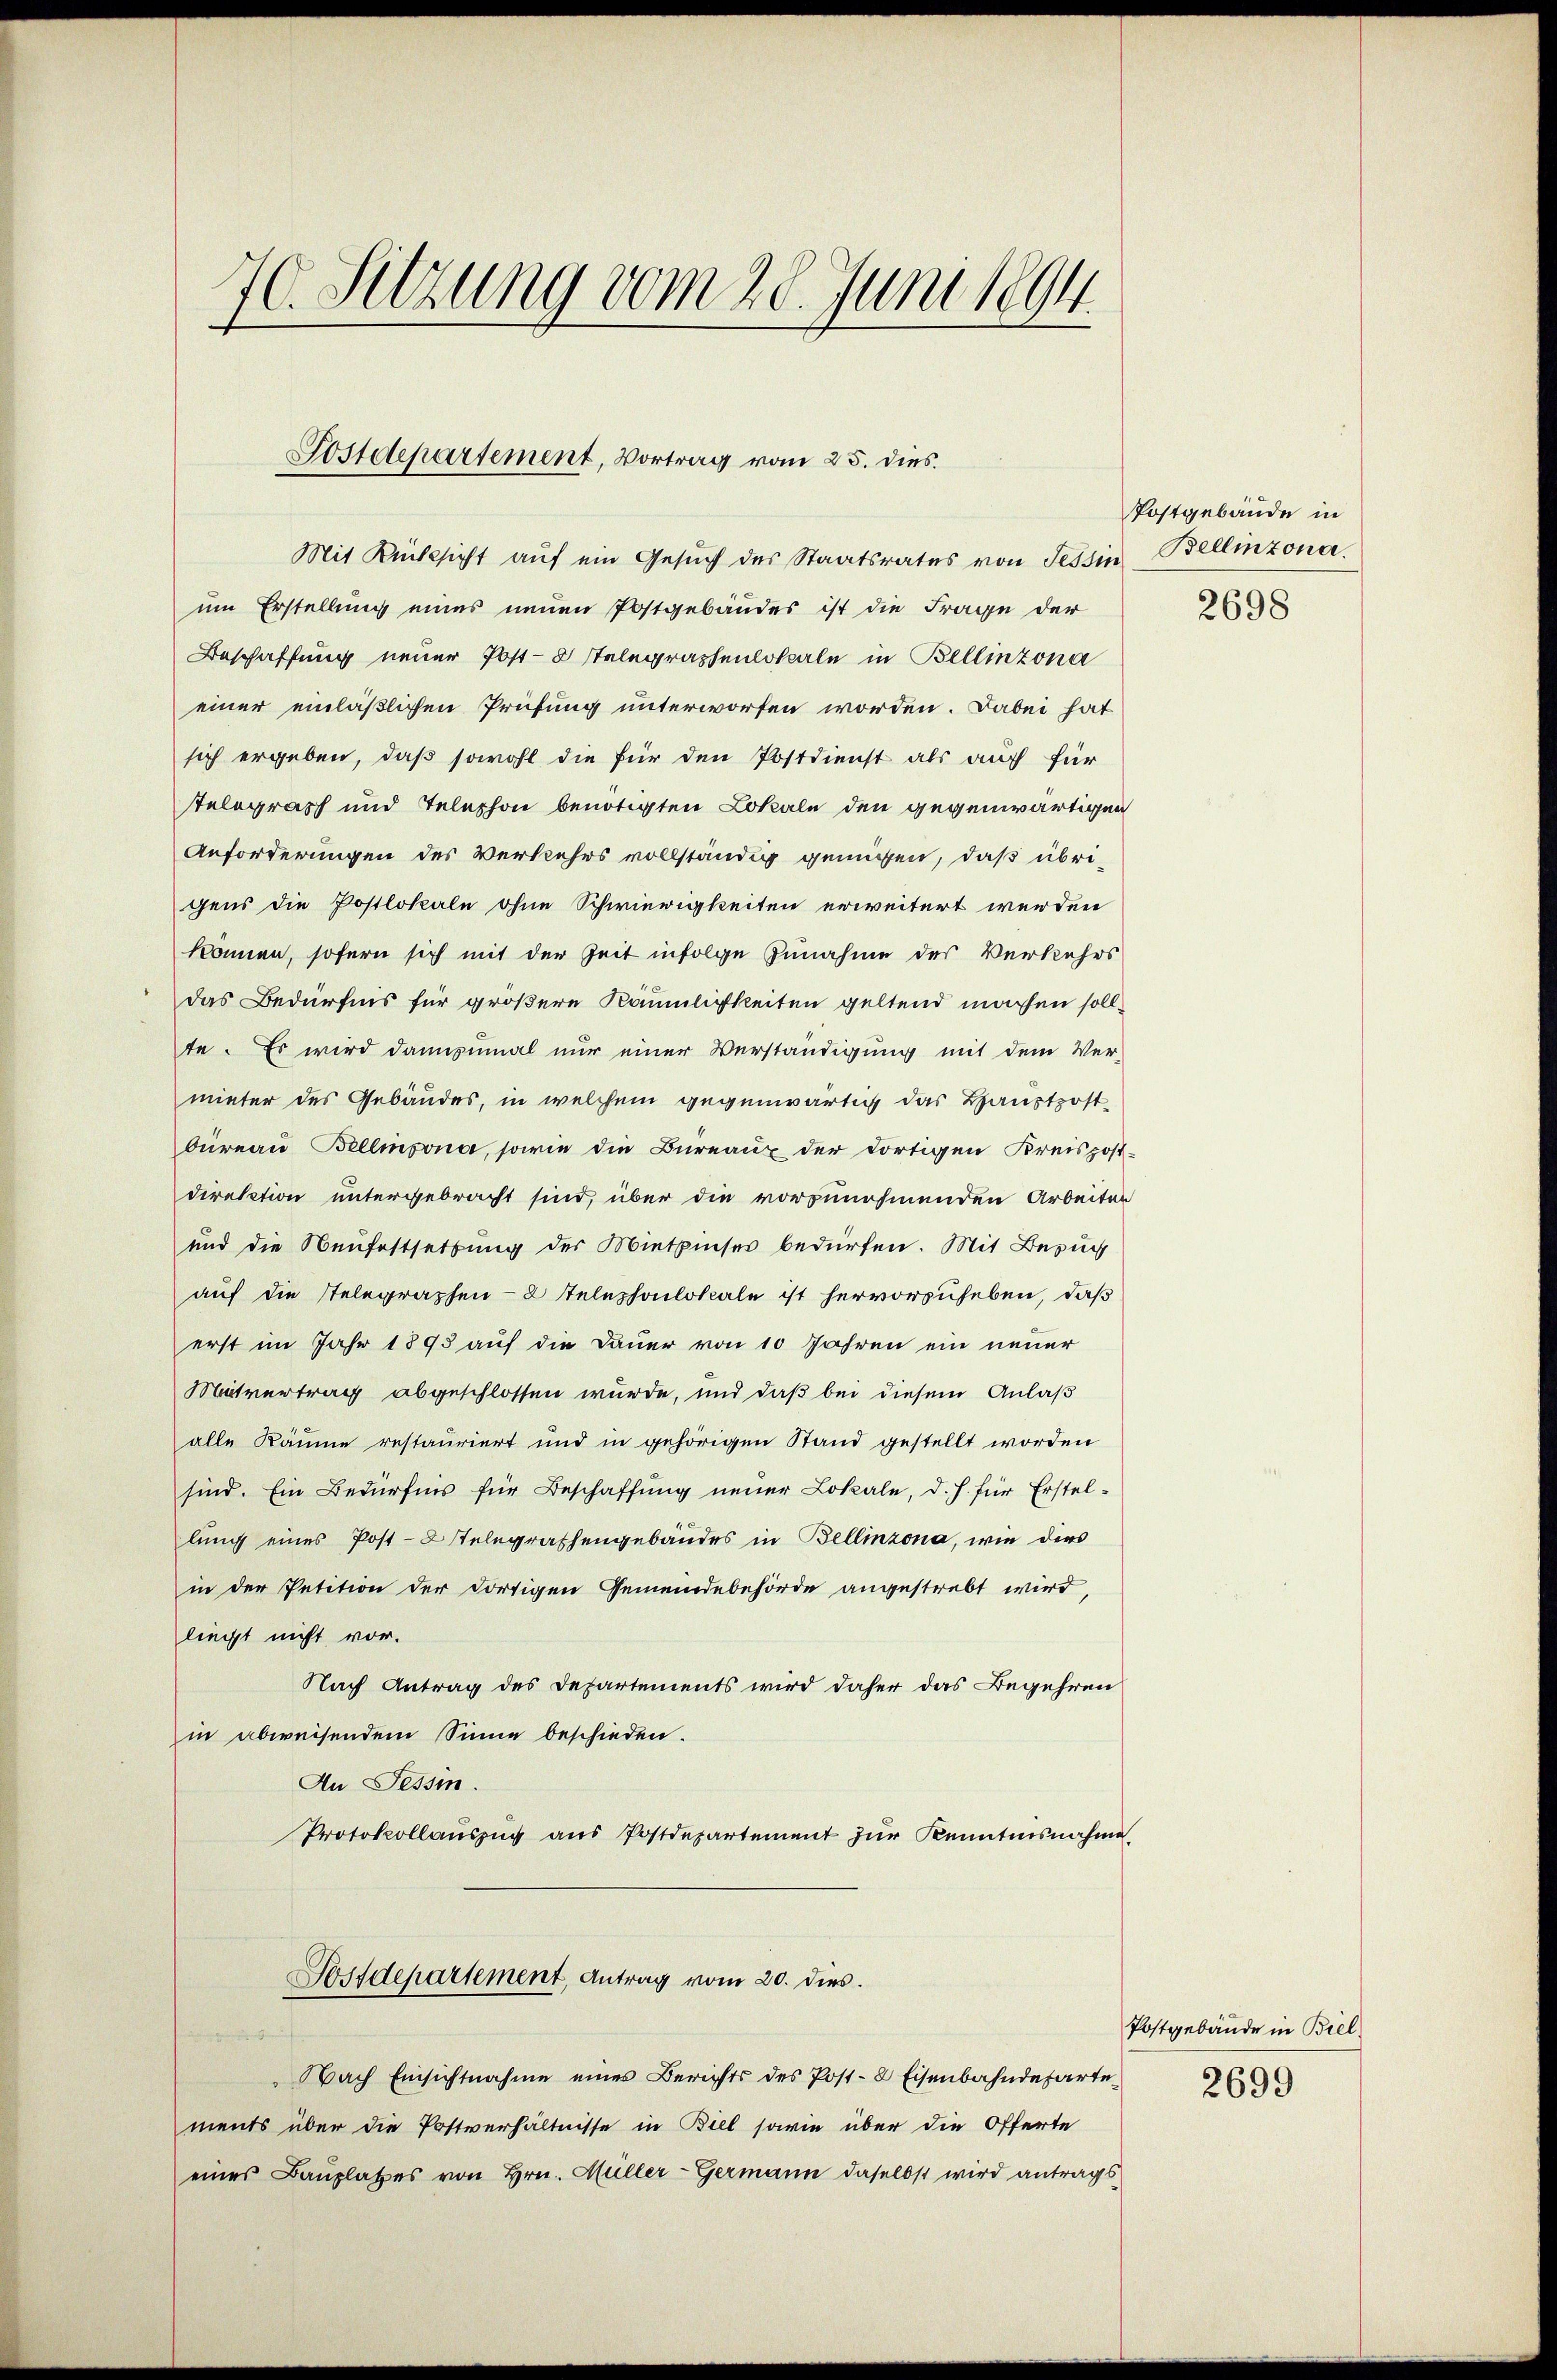
70. Sitzung vom 28. Juni 1894.

Postdepartement, Vortrag vom 25. dies

Mit Rücksicht auf ein Gesŭch des Staatsrates von Tessin Bellinzona
um Erstellung eines neuen Postgebäudes ist die Frage der
Beschaffung neuer Post-8 Telegraphenlossale in Bellinzona
einer einläßlichen Prüfung unterworfen worden. Dabei hat
sich ergeben, daß sowohl die für den Postdienst als auch für
telegrasch und Telephon benötigten Lokale den gegenwärtigen
Anforderungen des Verkehrs vollständig genügen, daß übrigens die Postlokale ohne Schwierigkeiten erweitert werden
können, sofern sich mit der Zeit infolge Zunahme des Verkehrs
das Bedürfnis für größere Räumlichkeiten geltend machen sollte. Es wird dannzumal nur einer Verständigung mit dem Ver-
mieter des Gebäudes, in welchem gegenwärtig das Haustpost-
bureau Bellinzona, sowie die Bureaux der dortigen Kreispost-
direktion untergebracht sind, über die vorzunehmenden Arbeiten
und die Neufestsetzung der Mietzinser bedürfen. Mit Besuch
auf die Stelegraphen- 2 Telephonlokale ist hervorzuheben, daß
erst im Jahr 1895 auf die Dauer von 10 Jahren ein neuer
Meitvertrag abgeschlossen wurde, und daß bei diesem Anlaß
alle Räume restauriert und in gehörigen Stand gestellt worden
sind. Ein Bedürfnis für Beschaffung neuer Lokale, d. h. für Erstellung eines Post- & Stelegraphengebäudes in Bellinzona, wie dies
in der Petition der dortigen Gemeindebehörde angestrebt wird,
liegt nicht vor.
Nach Antrag des Departements wird daher das Begehren
in abweisendem Sinne beschieden.
An Tessin.
Protokollaŭszŭg aŭs Postdepartement zŭr Kenntnisnahme
Sostdepartement, Antrag vom 20. dies
Nach Einsichtnahme eines Berichts des Post- & Eisenbahndeparte
ments über die Postverhältnisse in Biel sowie über die Offerte
eines Baŭplatzes von Hrn. Müller-Germann daselbst wird antrags

Postgebäude in

2698

Postgebäude in Biel
2699